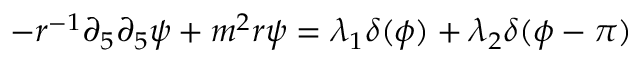
- r ^ { - 1 } \partial _ { 5 } \partial _ { 5 } \psi + m ^ { 2 } r \psi = \lambda _ { 1 } \delta ( \phi ) + \lambda _ { 2 } \delta ( \phi - \pi )